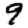
Digit: 9